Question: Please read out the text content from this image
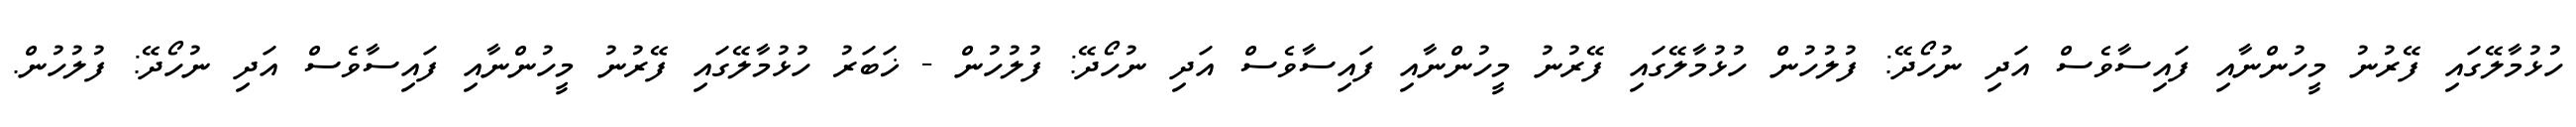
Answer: ހުޅުމާލޭގައި ފޭރުނު މީހުންނާއި ފައިސާވެސް އަދި ނުހޯދޭ: ފުލުހުން ހުޅުމާލޭގައި ފޭރުނު މީހުންނާއި ފައިސާވެސް އަދި ނުހޯދޭ: ފުލުހުން - ޚަބަރު ހުޅުމާލޭގައި ފޭރުނު މީހުންނާއި ފައިސާވެސް އަދި ނުހޯދޭ: ފުލުހުން.